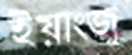
ইয়াংজু